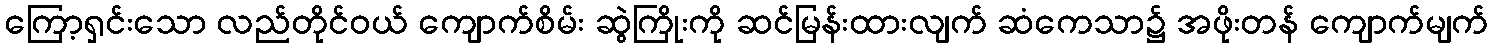
ကြော့ရှင်းသော လည်တိုင်ဝယ် ကျောက်စိမ်း ဆွဲကြိုးကို ဆင်မြန်းထားလျက် ဆံကေသာ၌ အဖိုးတန် ကျောက်မျက်